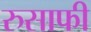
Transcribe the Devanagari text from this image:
रुसाफी